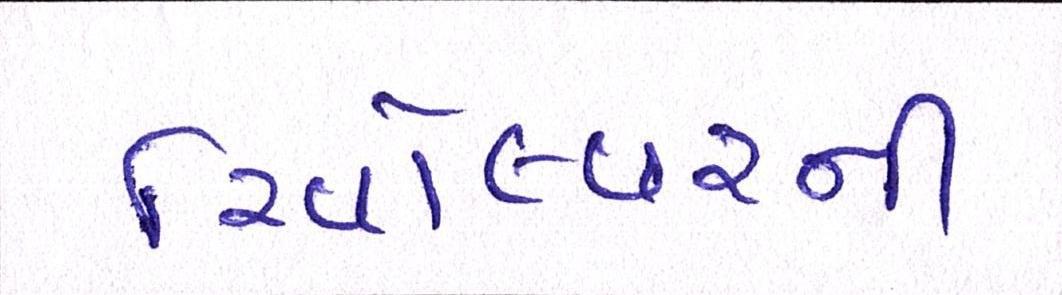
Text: રિવોલ્વરની